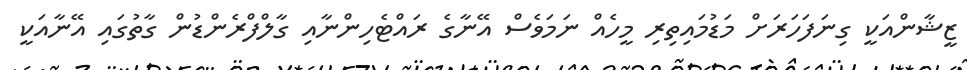
ޒީޝާންއަކީ ގިނަފަހަރަށް މަޑުމައިތިރި މީހެއް ނަމަވެސް އޭނާގެ ރައްޓެހިންނާއި ގާލްފްރެންޑުން ގާތުގައި އޭނާއަކީ